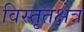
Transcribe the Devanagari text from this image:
विस्तृतक्षेत्र